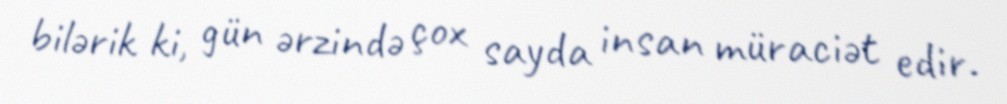
bilərik ki, gün ərzində çox sayda insan müraciət edir.